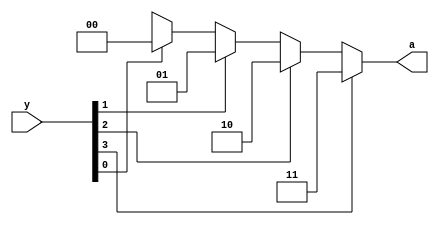
//RTL
module priority_encoder(y,a);
input [3:0] y;
output [1:0]a;


reg [1:0] a ;

always @ ( y)
begin

if(y[3]==1) a=2'b11;
else if (y[2]==1) a=2'b10 ;

else if (y[1]==1) a =2'b01;
else if (y[0] ==1 ) a = 2'b00;

else a=2'bxx;
end

endmodule